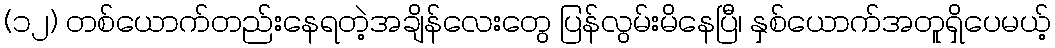
(၁၂) တစ်ယောက်တည်းနေရတဲ့အချိန်လေးတွေ ပြန်လွမ်းမိနေပြီ၊ နှစ်ယောက်အတူရှိပေမယ့်